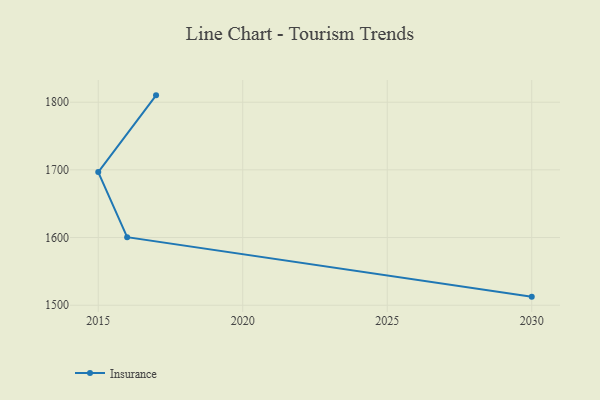
{"axis": {"x": "Year", "y": "Temperature (°C)"}, "legend": ["Insurance"], "data": [{"x": "2030", "y": 1512.7, "type": "Insurance"}, {"x": "2016", "y": 1600.6, "type": "Insurance"}, {"x": "2015", "y": 1696.8, "type": "Insurance"}, {"x": "2017", "y": 1810.1, "type": "Insurance"}]}